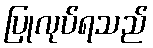
ပြုလုပ်ရသည်